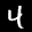
Label: 4